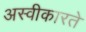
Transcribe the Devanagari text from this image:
अस्‍वीकारते